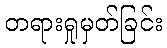
တရားရှုမှတ်ခြင်း